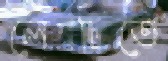
লেনটিতে